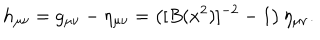
h _ { \mu \nu } = g _ { \mu \nu } - \eta _ { \mu \nu } = \left( [ B ( x ^ { 2 } ) ] ^ { - 2 } - 1 \right) \eta _ { \mu \nu } .